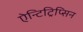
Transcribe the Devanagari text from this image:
ऐन्टिट्रिप्सिन